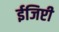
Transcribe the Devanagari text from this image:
ईजिप्टी